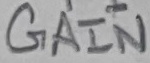
Text: GAIN